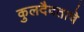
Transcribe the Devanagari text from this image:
कुलदैवताचे